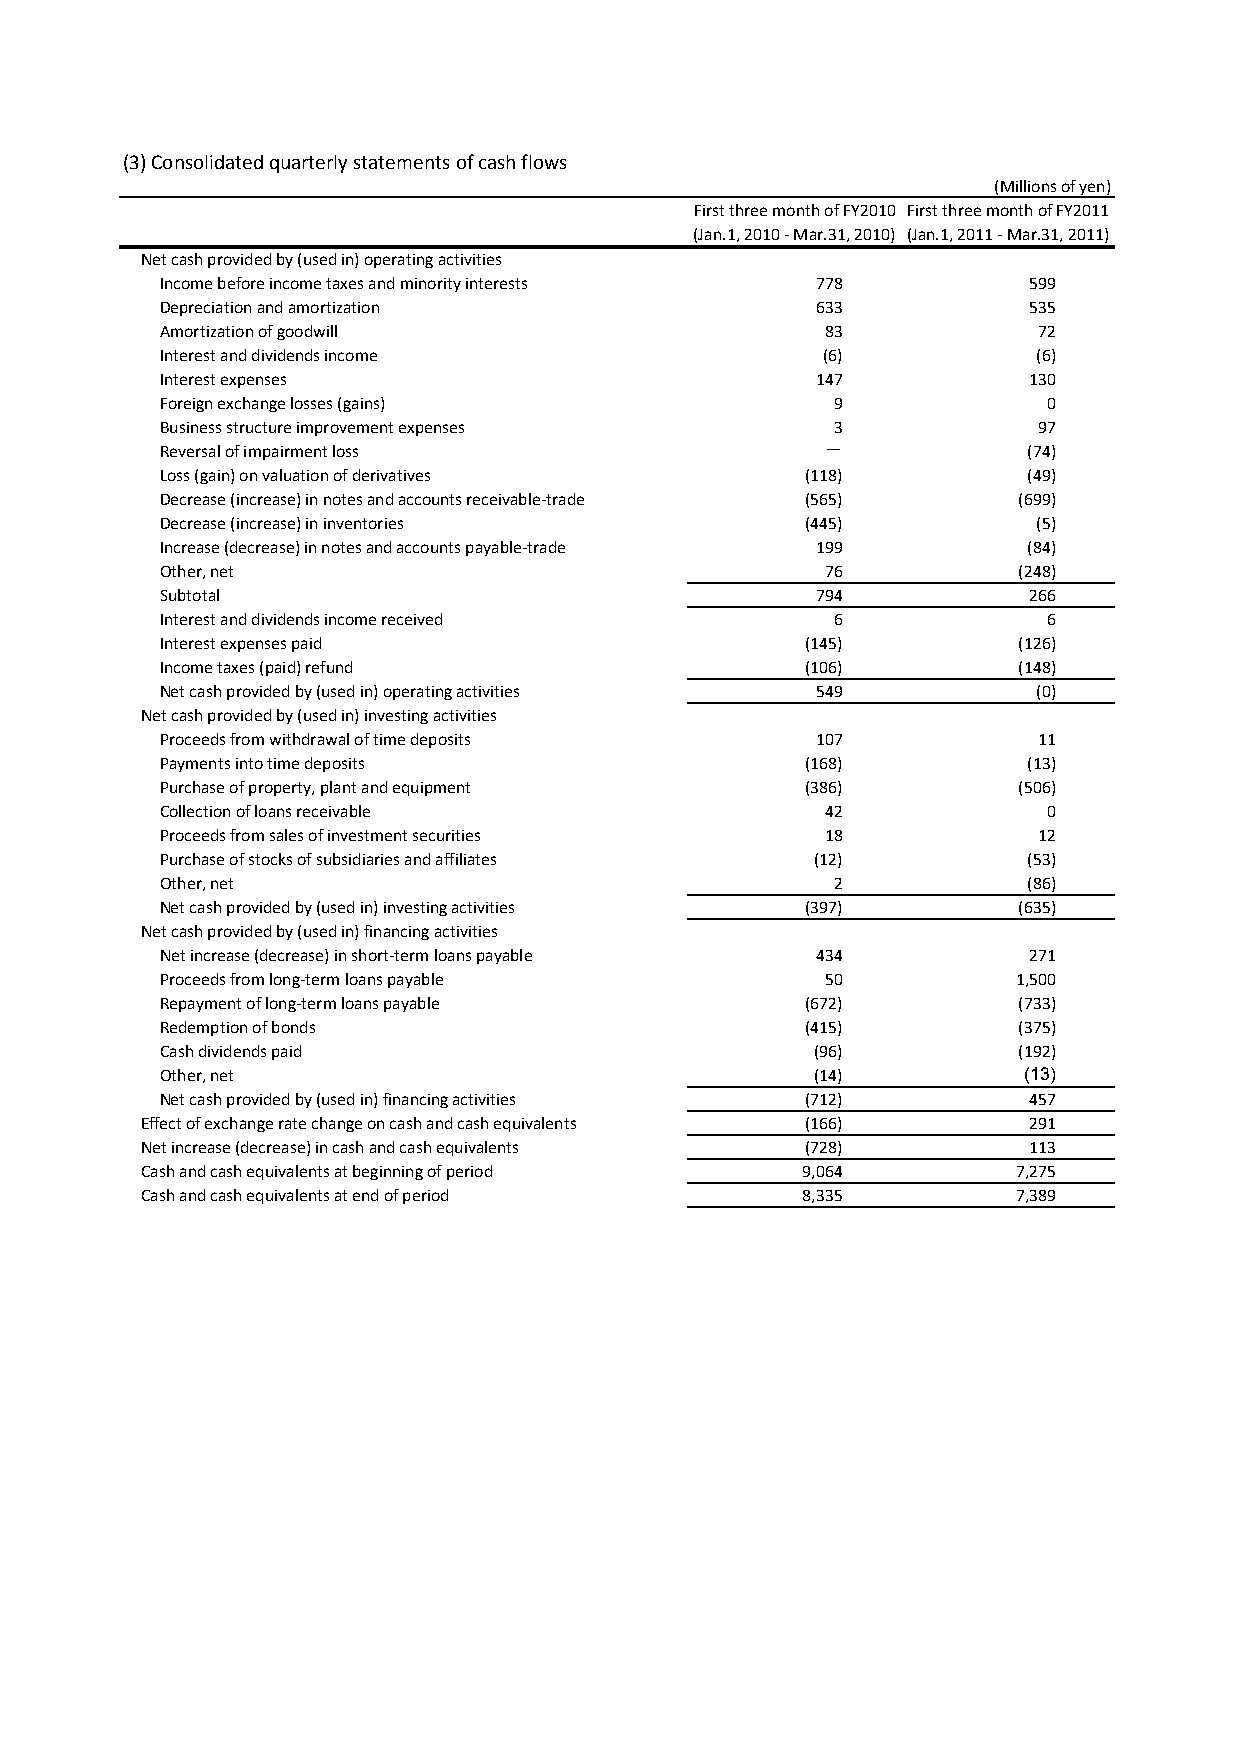
(3) Consolidated quarterly statements of cash flows
 (Millions of yen)
 First three month of FY2010 First three month of FY2011
 (Jan.1, 2010 - Mar.31, 2010) (Jan.1, 2011 - Mar.31, 2011)
 Net cash provided by (used in) operating activities
 Income before income taxes and minority interests 778    599
 Depreciation and amortization              633           535
 Amortization of goodwill                    83            72
 Interest and dividends income              (6)            (6)
 Interest expenses                          147           130
 Foreign exchange losses (gains)             9             0
 Business structure improvement expenses     3             97
 Reversal of impairment loss                 －            (74)
 Loss (gain) on valuation of derivatives   (118)          (49)
 Decrease (increase) in notes and accounts receivable-trade (565) (699)
 Decrease (increase) in inventories        (445)           (5)
 Increase (decrease) in notes and accounts payable-trade 199 (84)
 Other, net                                  76          (248)
 Subtotal                                   794           266
 Interest and dividends income received      6             6
 Interest expenses paid                    (145)         (126)
 Income taxes (paid) refund                (106)         (148)
 Net cash provided by (used in) operating activities 549   (0)
 Net cash provided by (used in) investing activities
 Proceeds from withdrawal of time deposits  107            11
 Payments into time deposits               (168)          (13)
 Purchase of property, plant and equipment (386)         (506)
 Collection of loans receivable              42            0
 Proceeds from sales of investment securities 18           12
 Purchase of stocks of subsidiaries and affiliates (12)   (53)
 Other, net                                  2            (86)
 Net cash provided by (used in) investing activities (397) (635)
 Net cash provided by (used in) financing activities
 Net increase (decrease) in short-term loans payable 434  271
 Proceeds from long-term loans payable       50          1,500
 Repayment of long-term loans payable      (672)         (733)
 Redemption of bonds                       (415)         (375)
 Cash dividends paid                        (96)         (192)
 Other, net                                 (14)          (13)
 Net cash provided by (used in) financing activities (712) 457
 Effect of exchange rate change on cash and cash equivalents (166) 291
 Net increase (decrease) in cash and cash equivalents (728) 113
 Cash and cash equivalents at beginning of period 9,064    7,275
 Cash and cash equivalents at end of period  8,335         7,389